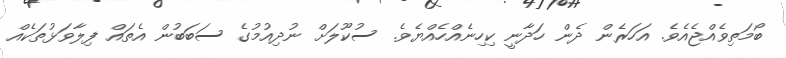
ބޯމަތިވެއްޖެއެވެ. އަހަރެން ދެން ހަދާނީ ކިހިނެއްހެއްޔެވެ. ސުކޫލަށް ނުދިއުމުގެ ސަބަބުން އެތައް ފިލާވަޅުތަކެއް